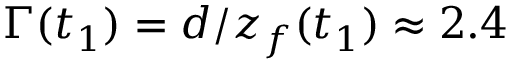
\Gamma ( t _ { 1 } ) = d / z _ { f } ( t _ { 1 } ) \approx 2 . 4